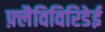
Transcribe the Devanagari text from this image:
फ़्लैविविरिडेई